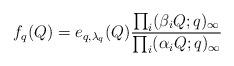
LaTeX: \begin{align*} f_q(Q) = e_{q, \lambda_q}(Q) \frac{\prod_i (\beta_i Q; q)_\infty}{\prod_i (\alpha_i Q;q)_\infty} \end{align*}